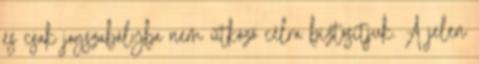
és csak jogszabályba nem ütköző célra biztosítjuk. A jelen